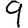
Digit: 9